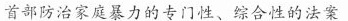
首部防治家庭暴力的专门性、综合性的法案